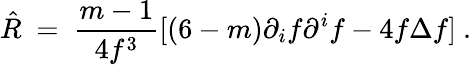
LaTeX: \hat{R}\ =\ \frac{m-1}{4f^{3}}[(6-m)\partial_{i}f\partial^{i}f-4f\Delta f]~.